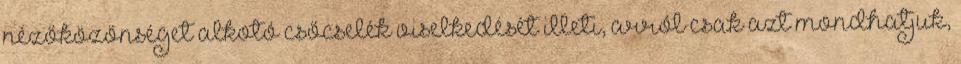
nézőközönséget alkotó csőcselék viselkedését illeti, arról csak azt mondhatjuk,